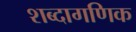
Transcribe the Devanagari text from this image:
शब्दागणिक